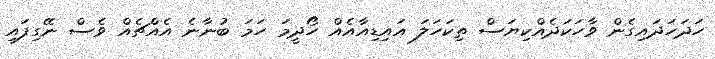
ހަދަހަދައިގެން ވާހަކަދެއްކިޔަސް ތިކަހަލަ އައިޑިއާއެއް ހޯދީމަ ހަމަ ބުނާނެ އެއްޗެއް ވެސް ނޭގިފައި